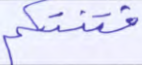
فتنتكم